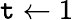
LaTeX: \mathtt{t}\gets1